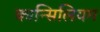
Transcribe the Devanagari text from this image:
कान्सिलियम